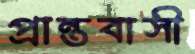
প্রান্তবাসী